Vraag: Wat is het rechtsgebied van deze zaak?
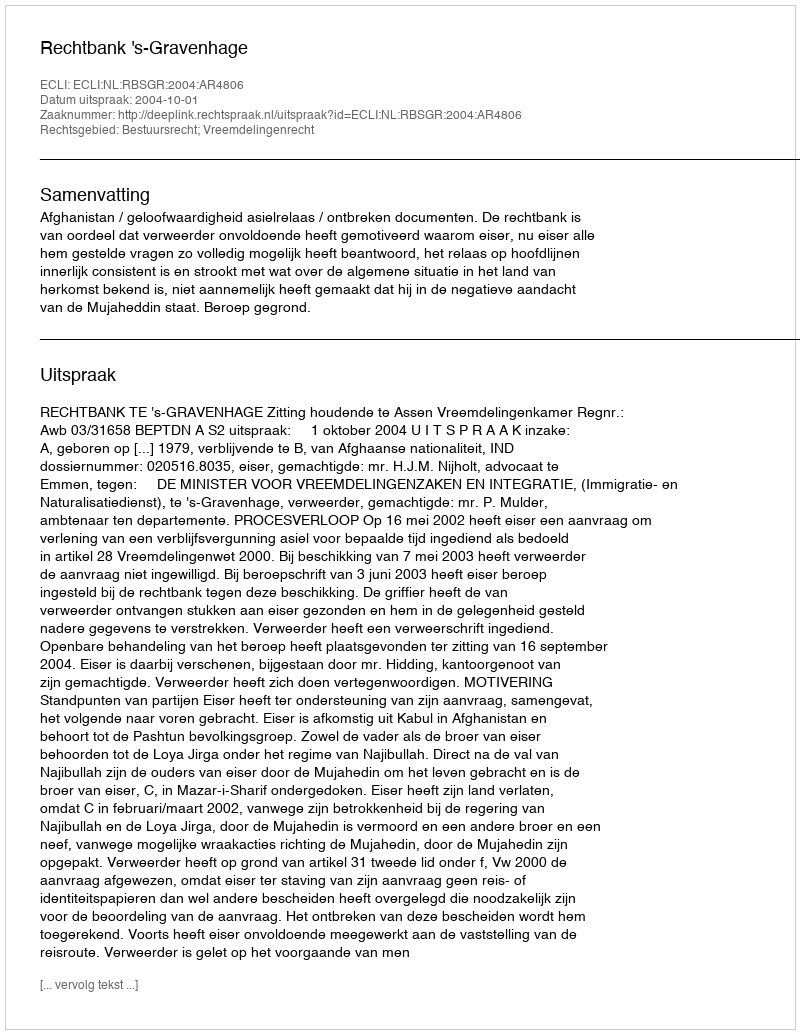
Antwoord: Bestuursrecht; Vreemdelingenrecht